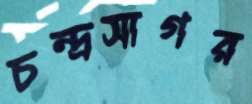
চন্দ্রসাগর